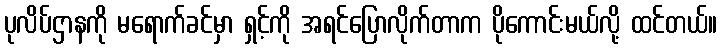
ပုလိပ်ဌာနကို မရောက်ခင်မှာ ရှင့်ကို အရင်ပြောလိုက်တာက ပိုကောင်းမယ်လို့ ထင်တယ်။